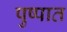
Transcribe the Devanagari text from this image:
पुष्पात